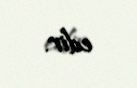
edir.